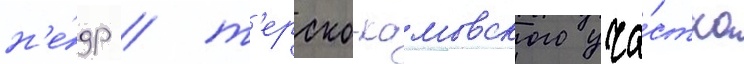
н'е́др / т'ерско-камовского уча́стка